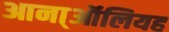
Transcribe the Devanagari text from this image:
आना्ऑलियह